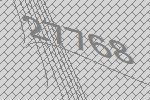
27768